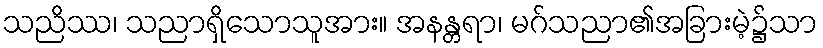
သညိဿ၊ သညာရှိသောသူအား။ အနန္တရာ၊ မဂ်သညာ၏အခြားမဲ့၌သာ